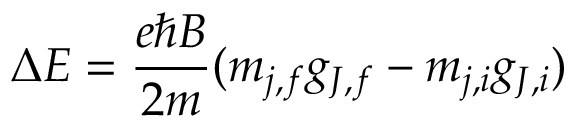
\Delta E = { \frac { e \hbar B } { 2 m } } ( m _ { j , f } g _ { J , f } - m _ { j , i } g _ { J , i } )